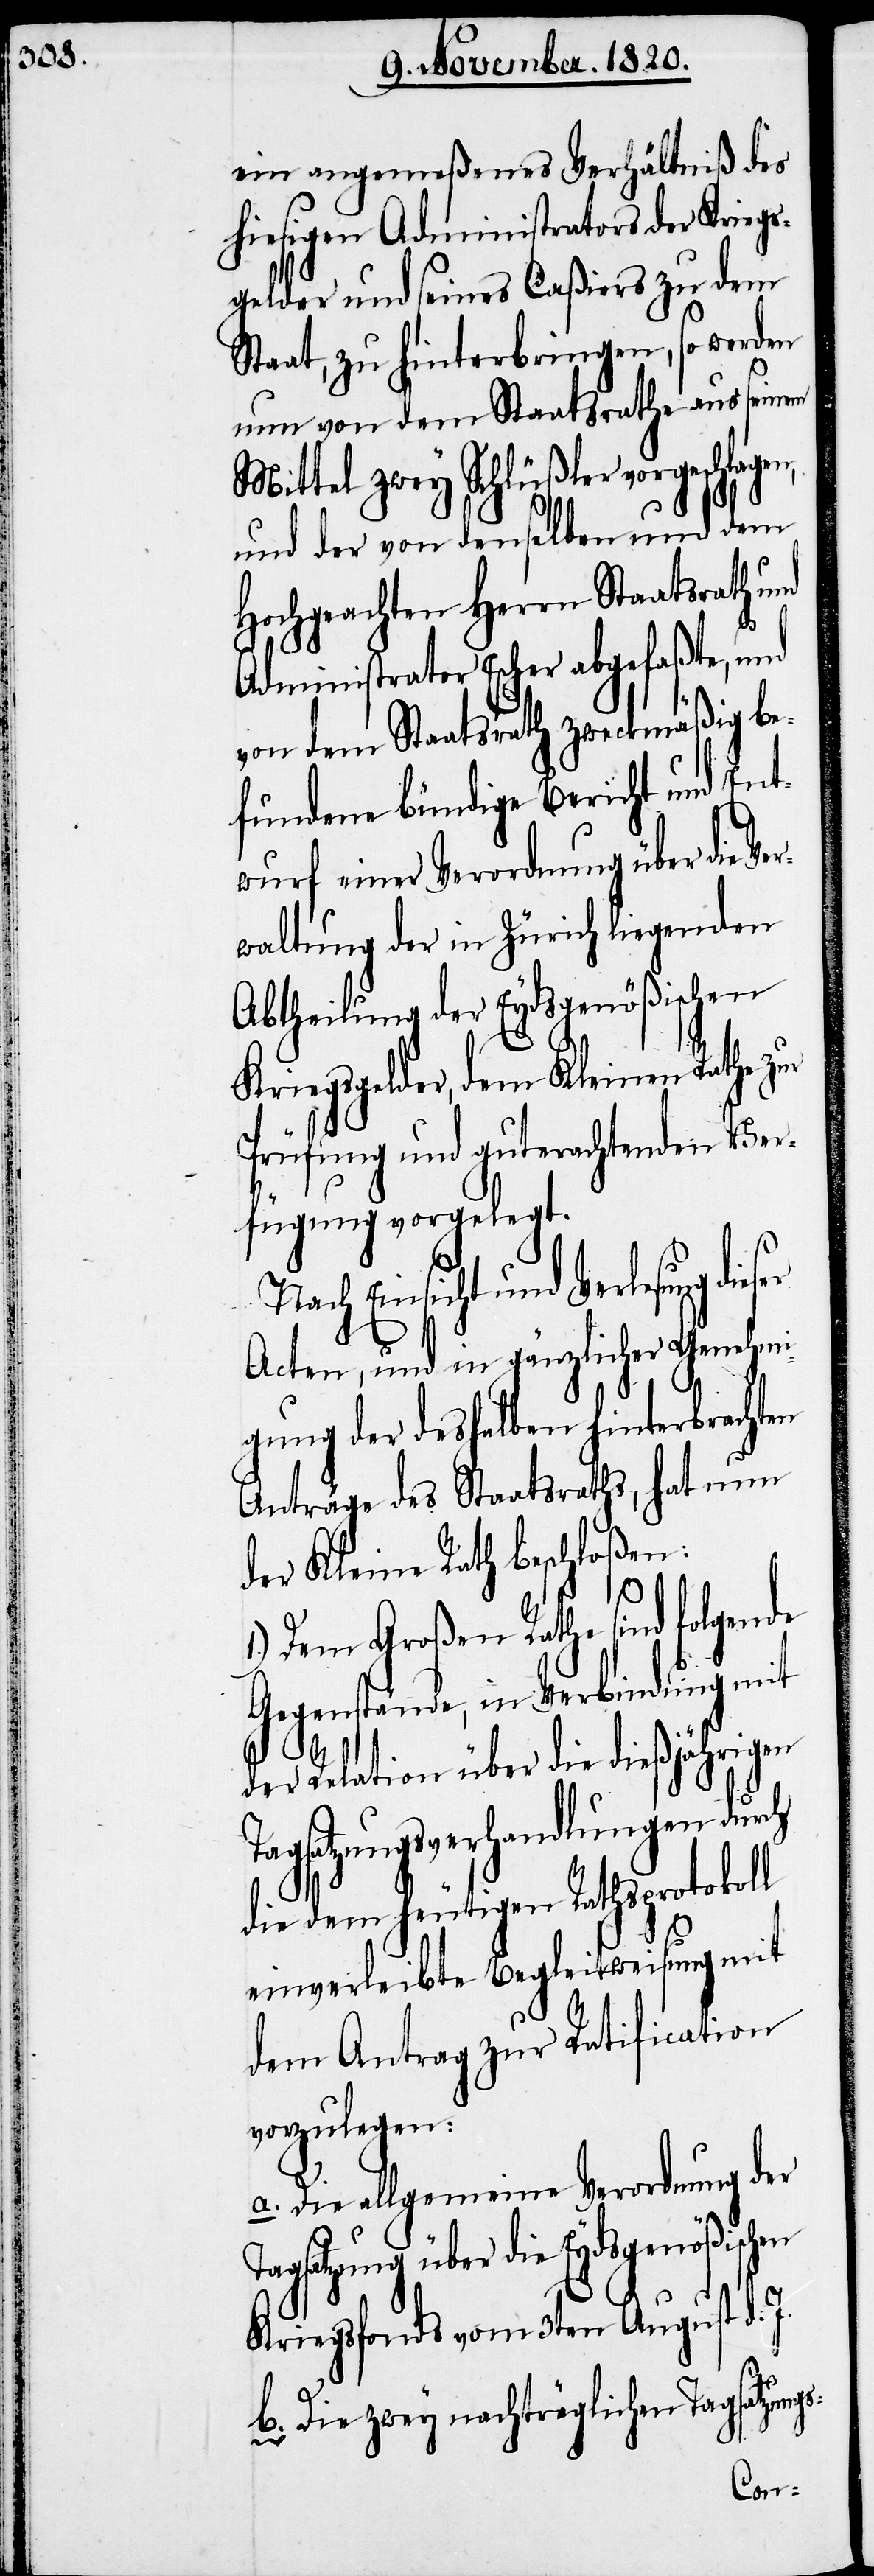
ein angemeßenes Verhältniß des
hiesigen Administrators der Kriegs¬
gelder und seines Caßiers zu dem
Staat, zu hinterbringen, so werden
nun von dem Staatsrathe aus seinem
Mittel zwey Schlüßler vorgeschlagen,
und der von denselben und dem
Hochgeachten Herrn Staatsrath und
Administrator Escher abgefaßte, und
von dem Staatsrath zweckmäßig be¬
fundene bündige Bericht und Ent¬
wurf einer Verordnung über die Ver¬
waltung der in Zürich liegenden
Abtheilung der Eydsgenößischen
gs-
Kriegsgelder, dem Kleinen Rathe zur
Prüfung und guterachtenden Ver¬
fügung vorgelegt.
Nach Einsicht und Verlesung die¬
Acten, und in gänzlicher Genehmi¬
gung der deshalben hinterbrachten
Anträge des Staatsraths, hat nun
der Kleine Rath beschloßen:
1.) Dem Großen Rathe sind folgende
Gegenstände, in Verbindung mit
der Relation über die dießjährigen
atzungsverhandlungen durch
die dem heutigen Rathsprotokoll
einverleibte Begleitweisung mit
dem Antrag zur Ratification
vorzulegen:
Die allgemeine Verordnung der
Tagsatzung über die Eydsgenößischen
Kriegsfonds vom 3ten August d. J.
b. Die zwey nachträglichen Tagsatzun¬